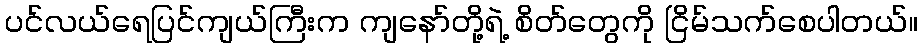
ပင်လယ်ရေပြင်ကျယ်ကြီးက ကျနော်တို့ရဲ့ စိတ်တွေကို ငြိမ်သက်စေပါတယ်။